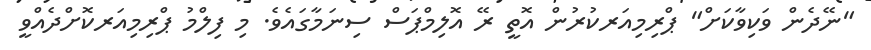
"ނޭދެން ވަކިވާކަށް" ޕްރިމިއަރކުރުން އޮތީ ރޭ އޮލިމްޕަސް ސިނަމާގައެވެ. މި ފިލްމު ޕްރިމިއަރކޮށްދެއްވީ